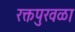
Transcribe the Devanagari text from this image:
रक्तपुरवळा